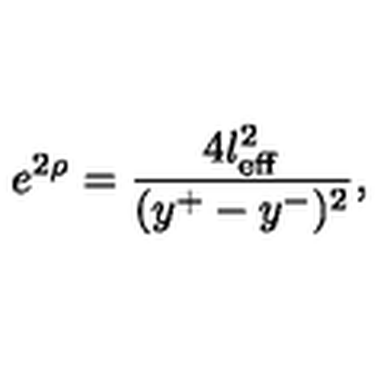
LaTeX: e ^ { 2 \rho } = \frac { 4 l _ { \mathrm { e f f } } ^ { 2 } } { ( y ^ { + } - y ^ { - } ) ^ { 2 } } ,